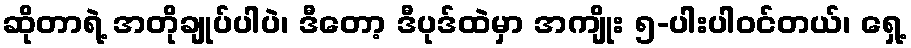
ဆိုတာရဲ့ အတိုချုပ်ပါပဲ၊ ဒီတော့ ဒီပုဒ်ထဲမှာ အကျိုး ၅-ပါးပါဝင်တယ်၊ ရှေ့